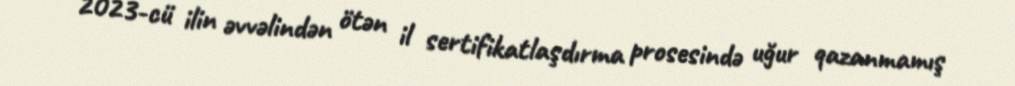
2023-cü ilin əvvəlindən ötən il sertifikatlaşdırma prosesində uğur qazanmamış